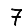
Digit: 7